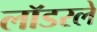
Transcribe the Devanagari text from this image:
लॉडरले